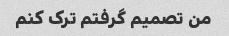
من تصمیم گرفتم ترک کنم